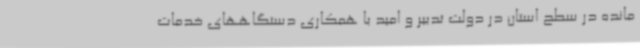
مانده در سطح استان در دولت تدبیر و امید با همکاری دستگاههای خدمات